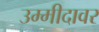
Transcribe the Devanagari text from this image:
उम्मीदावर